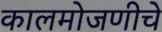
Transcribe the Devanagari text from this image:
कालमोजणीचे